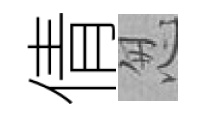
倩怱